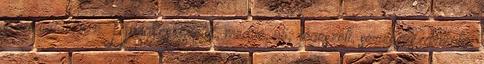
a haziallat.hu-n Dunakeszi, lelet, medve, nő, régészeti, sérülés, szarmata,